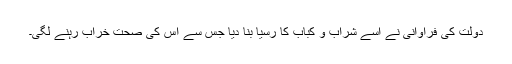
دولت کی فراوانی نے اسے شراب و کباب کا رسیا بنا دیا جس سے اس کی صحت خراب رہنے لگی۔